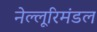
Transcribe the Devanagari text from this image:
नेल्लूरिमंडल